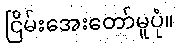
ငြိမ်းအေးတော်မူပုံ။